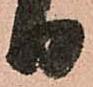
日